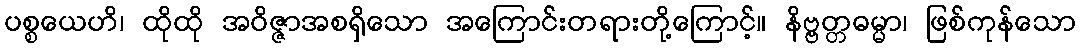
ပစ္စယေဟိ၊ ထိုထို အဝိဇ္ဇာအစရှိသော အကြောင်းတရားတို့ကြောင့်။ နိဗ္ဗတ္တဓမ္မာ၊ ဖြစ်ကုန်သော